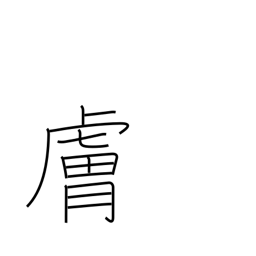
Meaning: disposition